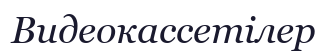
Видеокассетілер